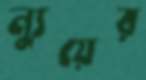
ন্যুয়ের